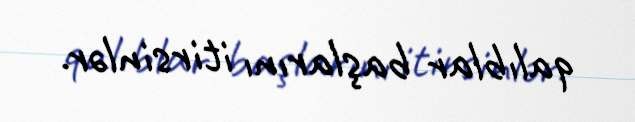
qalıblar başlarını itirsinlər.